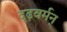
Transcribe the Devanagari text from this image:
दृढ़वर्मन्